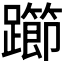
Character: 𰸲